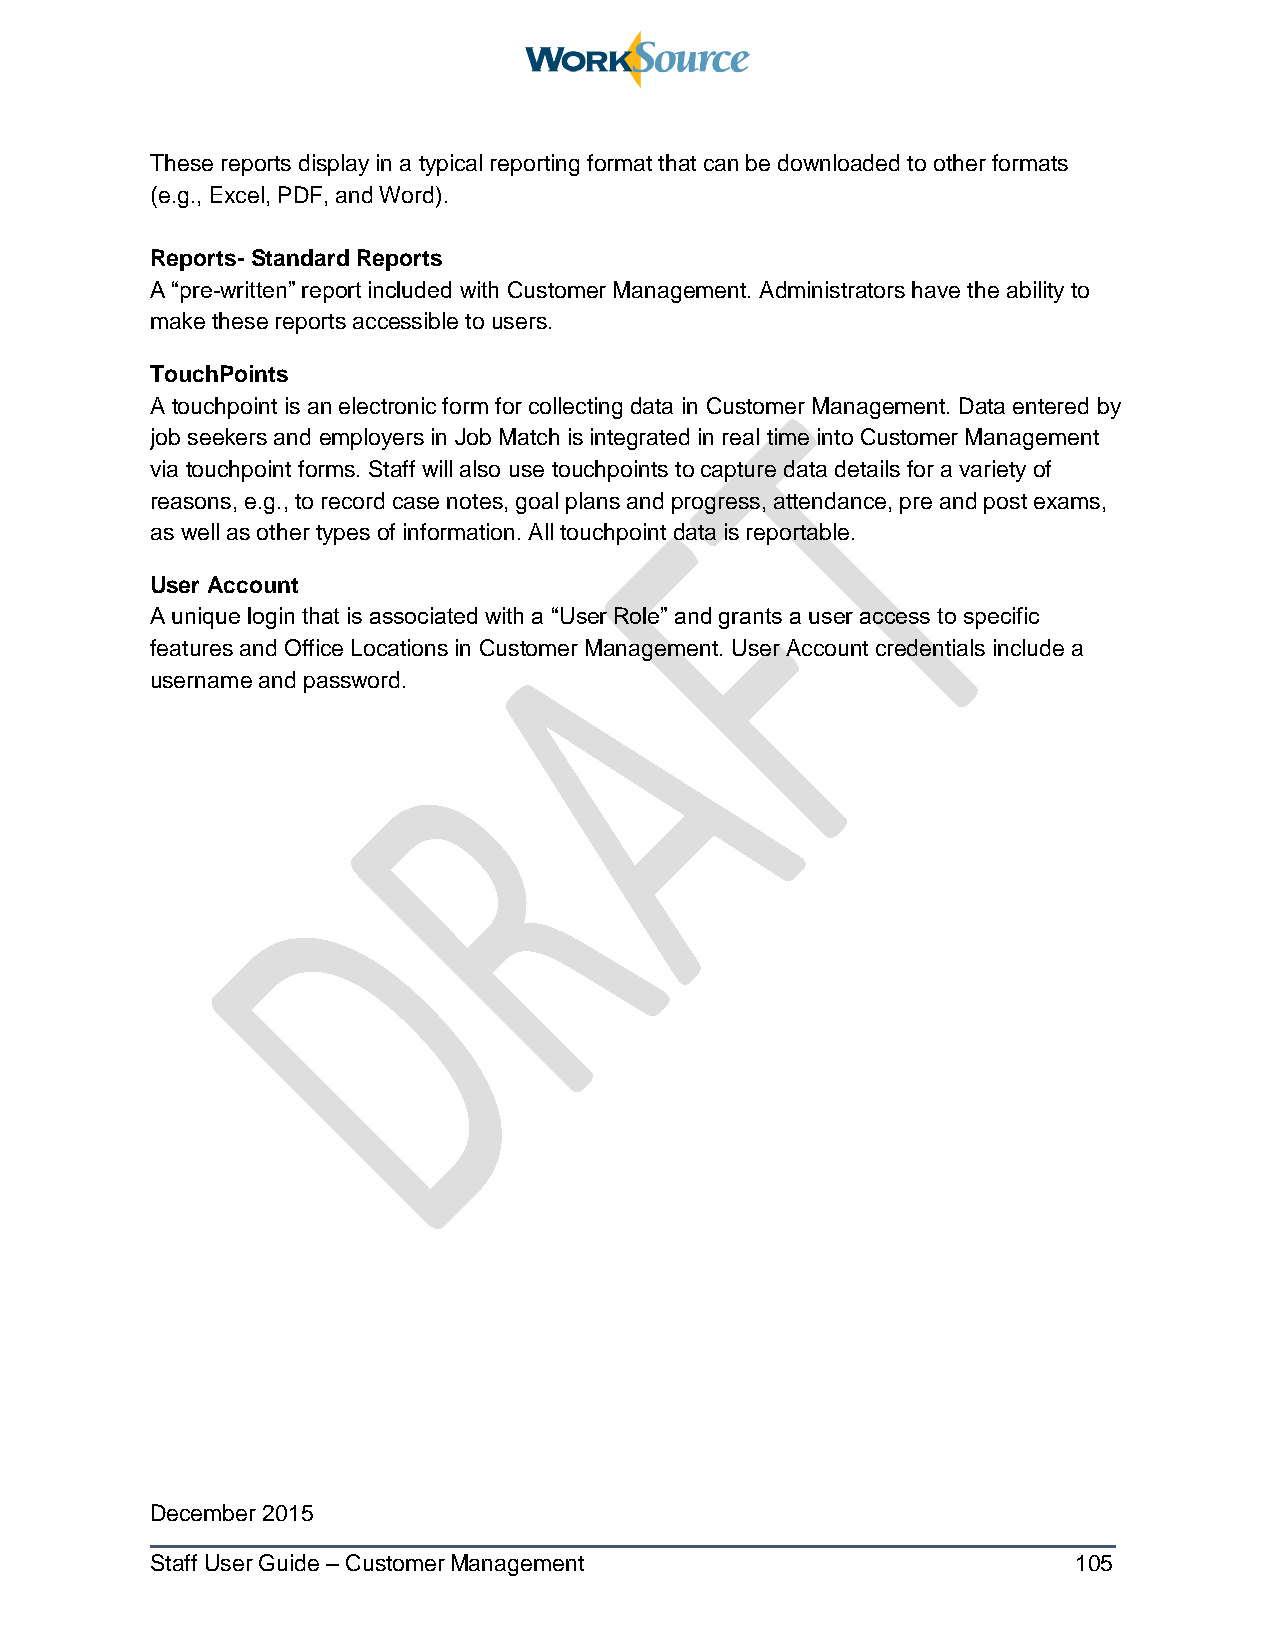
These reports display in a typical reporting format that can be downloaded to other formats
 (e.g., Excel, PDF, and Word).
 Reports- Standard Reports
 A “pre-written” report included with Customer Management. Administrators have the ability to
 make these reports accessible to users.
 TouchPoints
 A touchpoint is an electronic form for collecting data in Customer Management. Data entered by
 job seekers and employers in Job Match is integrated in real time into Customer Management
 via touchpoint forms. Staff will also use touchpoints to capture data details for a variety of
 reasons, e.g., to record case notes, goal plans and progress, attendance, pre and post exams,
 as well as other types of information. All touchpoint data is reportable.
 User Account
 A unique login that is associated with a “User Role” and grants a user access to specific
 features and Office Locations in Customer Management. User Account credentials include a
 username and password.
 December 2015
 Staff User Guide – Customer Management                       105